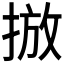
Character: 𱠓